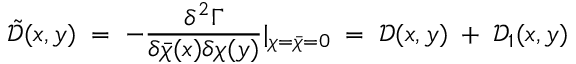
{ \tilde { \mathcal D } } ( x , y ) \; = \; - \frac { \delta ^ { 2 } \Gamma } { \delta { \bar { \chi } } ( x ) \delta \chi ( y ) } | _ { \chi = { \bar { \chi } } = 0 } \; = \; { \mathcal D } ( x , y ) \; + \; { \mathcal D } _ { 1 } ( x , y )